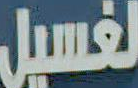
لغسيل